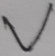
Text: V